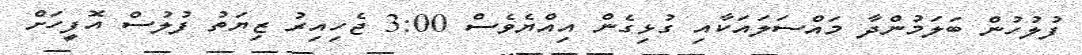
ފުލުހުން ބަލަމުންދާ މައްސަލައަކާއި ގުޅިގެން އިއްޔެވެސް 3:00 ޖެހިއިރު ޒިޔަތު ފުލުސް އޮފީހަށް